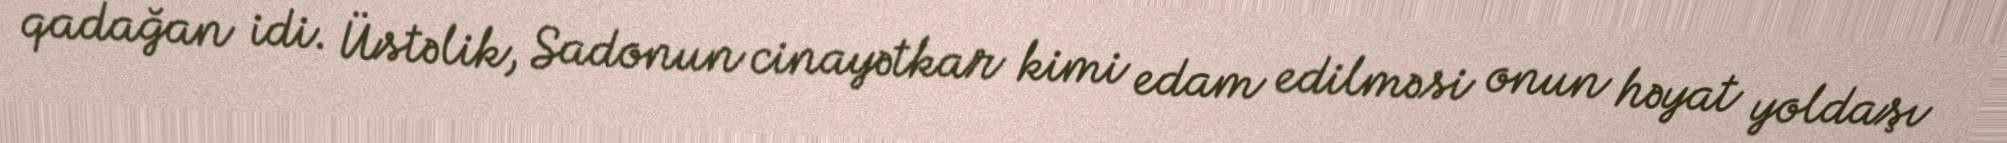
qadağan idi. Üstəlik, Sadonun cinayətkar kimi edam edilməsi onun həyat yoldaşı